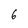
Character: 6